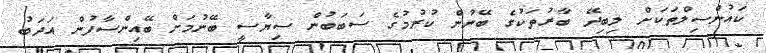
ކައުންސިލްތަކަށް ލިބިދޭ ބާރުތަކުގެ ބޭނުން ކުރުމުގެ ސަބަބުން ސިޔާސީ ބޭނުމަށް ބޭއިންސާފުން އަދަބު